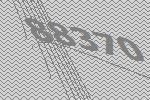
88370